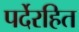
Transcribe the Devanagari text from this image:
पर्देरहित